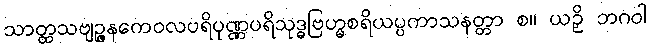
သာတ္ထသဗျဉ္ဇနကေဝလပရိပုဏ္ဏပရိသုဒ္ဓဗြဟ္မစရိယပ္ပကာသနတ္တာ စ။ ယဉှိ ဘဂဝါ